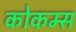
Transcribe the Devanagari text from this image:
कोकम्स